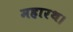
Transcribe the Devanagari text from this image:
महारथ।